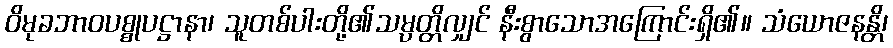
ဝိမုခဘာဝပစ္စုပဋ္ဌာနာ၊ သူတစ်ပါးတို့၏သမ္ပတ္တိလျှင် နီးစွာသောအကြောင်းရှိ၏။ သံယောဇနန္တိ၊